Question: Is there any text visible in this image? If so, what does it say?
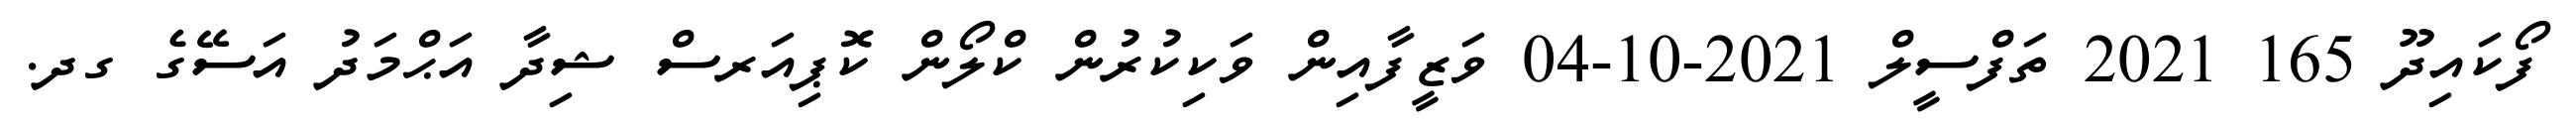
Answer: ފޯކައިދޫ 165 2021 ތަފްސީލް 2021-10-04 ވަޒީފާއިން ވަކިކުރުން ކްލޯން ކޮޕިއަރސް ޝިދާ އަޙްމަދު އަސޭގެ ގދ.